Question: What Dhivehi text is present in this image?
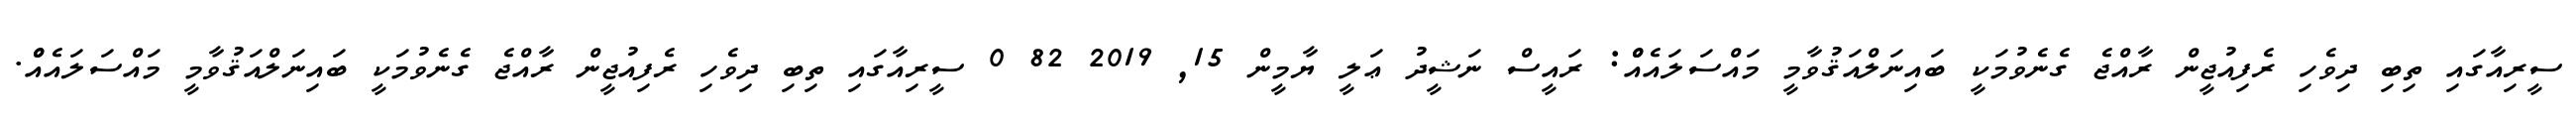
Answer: ސީރިއާގައި ތިބި ދިވެހި ރެފިއުޖީން ރާއްޖެ ގެނެވުމަކީ ބައިނަލްއަޤުވާމީ މައްސަލައެއްް: ރައީސް ނަޝީދު ޢަލީ ޔާމީން 15, 2019 82 0 ސީރިއާގައި ތިބި ދިވެހި ރެފިއުޖީން ރާއްޖެ ގެނެވުމަކީ ބައިނަލްއަޤުވާމީ މައްސަލައެއްް.